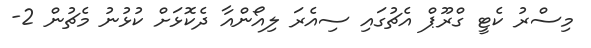
މިސްރު ކެޓީ ގްރޫޕް އެޗުގައި ސިއެރަ ލިއޯންއާ ދެކޮޅަށް ކުޅުނު މެޗުން 2-